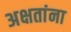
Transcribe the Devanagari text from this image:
अक्षतांना